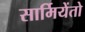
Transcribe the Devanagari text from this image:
सार्मियेंतो